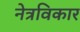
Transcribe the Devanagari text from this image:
नेत्रविकार